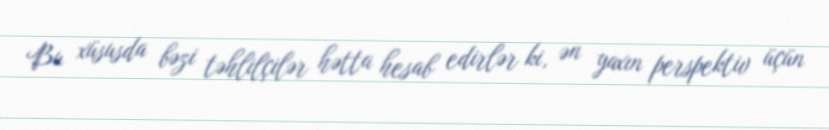
Bu xüsusda bəzi təhlilçilər hətta hesab edirlər ki, ən yaxın perspektiv üçün